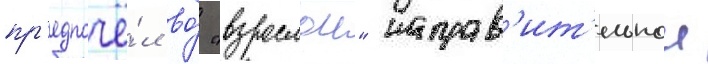
пр'едпочё́л во́ "взрослои" исправ'ит'ельнои